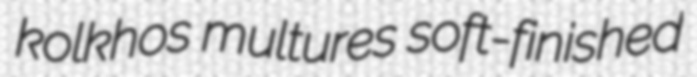
kolkhos multures soft-finished